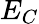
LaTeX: E_{C}